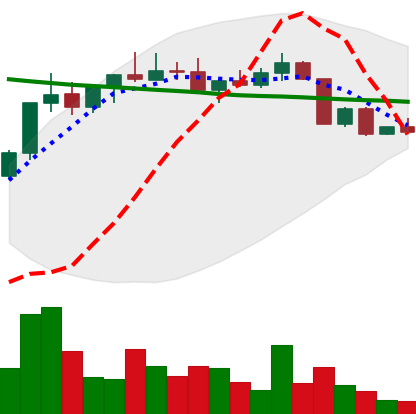
Ticker: ADA-USD
Chart end date: 2022-04-10
Forward return: -7.389%
Label: down_7plus